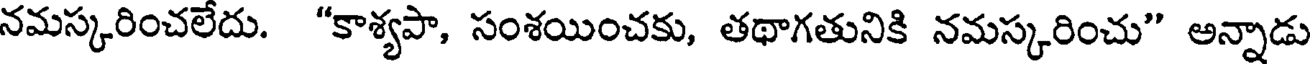
నమస్కరించలేదు. "కాశ్యపా, సంశయించకు, తథాగతునికి నమస్కరించు" అన్నాడు